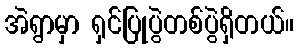
အဲရွာမှာ ရှင်ပြုပွဲတစ်ပွဲရှိတယ်။